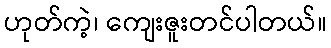
ဟုတ်ကဲ့၊ ကျေးဇူးတင်ပါတယ်။